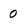
Character: 0